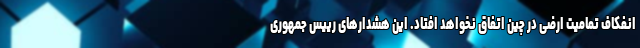
انفکاف تمامیت ارضی در چین اتفاق نخواهد افتاد. این هشدارهای رییس جمهوری